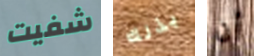
شفيت بذلك أن